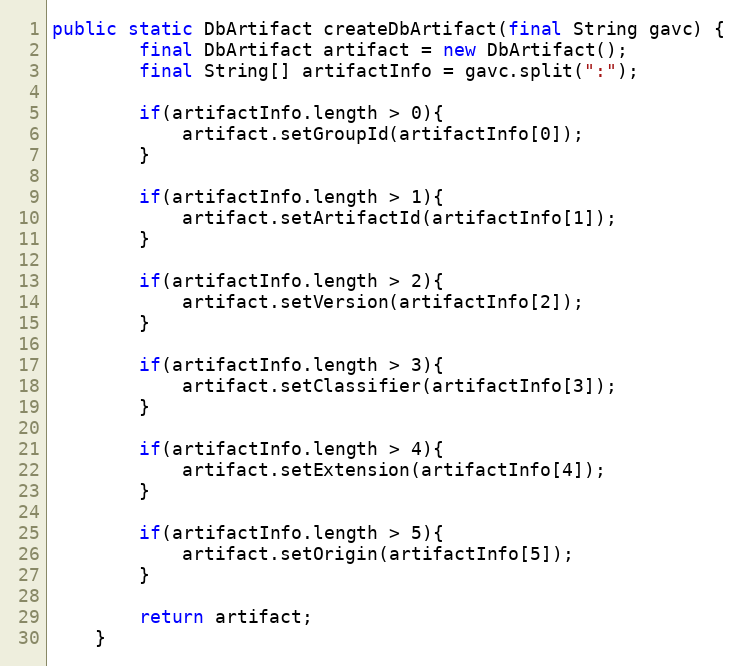
Language: Java
public static DbArtifact createDbArtifact(final String gavc) {
        final DbArtifact artifact = new DbArtifact();
        final String[] artifactInfo = gavc.split(":");

        if(artifactInfo.length > 0){
            artifact.setGroupId(artifactInfo[0]);
        }

        if(artifactInfo.length > 1){
            artifact.setArtifactId(artifactInfo[1]);
        }

        if(artifactInfo.length > 2){
            artifact.setVersion(artifactInfo[2]);
        }

        if(artifactInfo.length > 3){
            artifact.setClassifier(artifactInfo[3]);
        }

        if(artifactInfo.length > 4){
            artifact.setExtension(artifactInfo[4]);
        }

        if(artifactInfo.length > 5){
            artifact.setOrigin(artifactInfo[5]);
        }

        return artifact;
    }